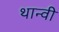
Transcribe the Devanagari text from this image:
थान्वी